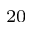
^ { 2 0 }